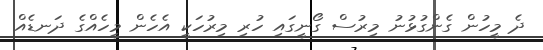
ދެ މީހުން ގެންގުޅުނު މިރުސް ގޯނީގައި ހުރި މިރުހަކީ އެހެން މީހެއްގެ ދަނޑެއް